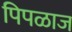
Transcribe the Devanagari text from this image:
पिपळाज